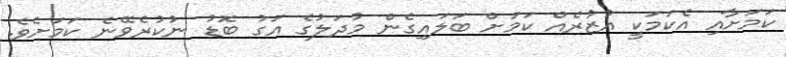
ކަމަށާއި އެކަމަކީ އުޒުރެއް ކަމަށް ބަލައިގެން މުދަލުގެ އަގު ބޮޑު ނުކުރެވޭނެ ކަމަށެވެ.